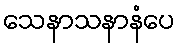
သေနာသနာနံပေ